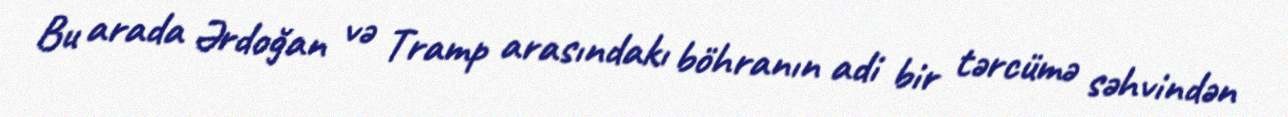
Bu arada Ərdoğan və Tramp arasındakı böhranın adi bir tərcümə səhvindən